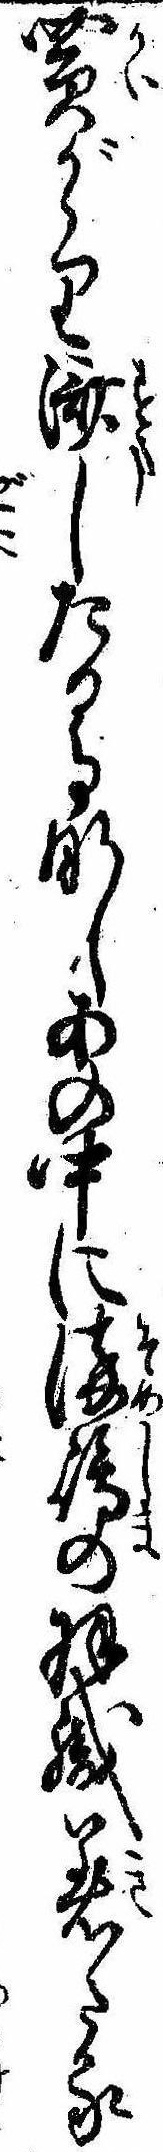
買がゝり済したる事なしあの中に染島の羽織着たる